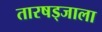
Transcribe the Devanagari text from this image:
तारषड्जाला